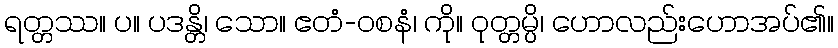
ရတ္တဿ။ ပ။ ပဒန္တိ၊ သော။ ဧတံ-ဝစနံ၊ ကို။ ဝုတ္တမ္ပိ၊ ဟောလည်းဟောအပ်၏။